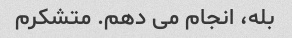
بله، انجام می دهم. متشکرم